Rangoon Lunatic Asylum 1893-1897 - 1893-1897
Year: 1893
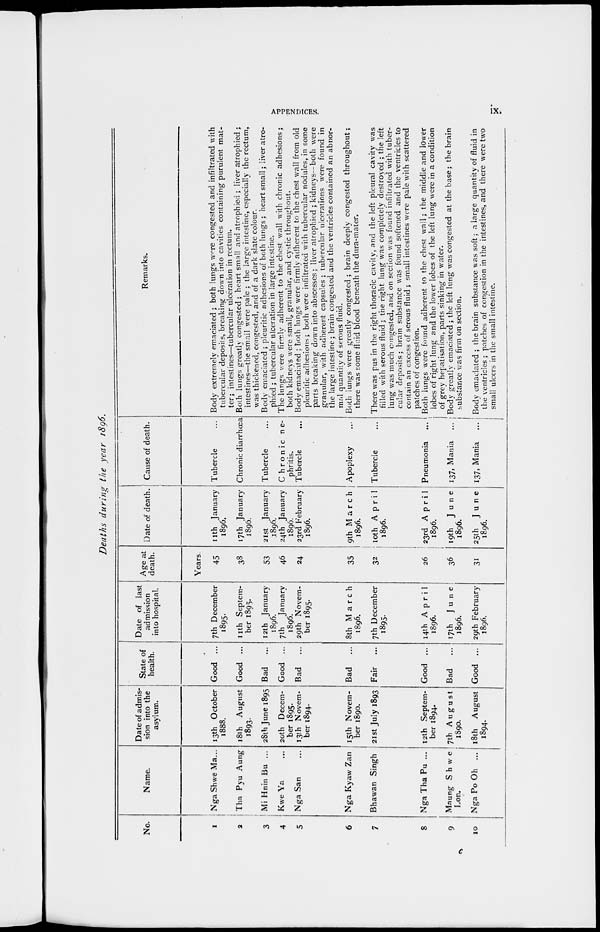
APPENDICES.
ix.
Deaths during the year 1896.
No.
1
2
3
4
5
6
7
8
9
10
Name.
Nga Shwe Ma...
Tha Pyu Aung
Mi Hnin Bu ...
Kwe Ya ...
Nga San ...
Nga Kyaw Zan
Bhawan Singh
Nga Tha Pu ...
Maung Shwe
Lon.
Nga Po Oh ...
Date of admis-
sion into the
asylum.
13th October
1888.
18th August
1893.
28th June 1895
20th Decem-
ber 1895.
13th Novem-
ber 1894.
15th Novem-
ber 1890.
21st July 1893
12th Septem-
ber 1894.
7th August
1890.
18th August
1894.
State of
health.
Good ...
Good ...
Bad
...
Good ...
Bad
...
Bad
...
Fair ...
Good ...
Bad
...
Good ...
Date of last
admission
into hospital.
7th December
1895.
11th Septem-
ber 1895.
12th January
1896.
7th
January
1896.
29th Novem¬
ber 1895.
8th March
1896.
7th December
1895.
14th April
1896.
17th
June
1896.
29th February
1896.
Age at
death.
Years.
45
38
53
46
24
35
32
26
36
31
Date of death.
11th January
1896.
17th January
1896.
21st January
1896.
24th January
1896.
23rd February
1896.
9th March
1896.
10th April
1896.
23rd April
1896.
19th
June
1896.
25th
June
1896.
Cause of death.
Tubercle ...
Chronic diarrhœa
Tubercle ...
Chronic ne-
phritis.
Tubercle ...
Apoplexy ...
Tubercle ...
Pneumonia ...
137, Mania
...
137, Mania ...
Remarks.
Body extremely emaciated; both lungs were congested and infiltrated with
tubercular deposits, breaking down into cavities containing purulent mat-
ter; intestines—tubercular ulceration in rectum.
Both lungs greatly congested ; heart small and atrophied ; liver atrophied ;
intestines—the small were pale ; the large intestine, especially the rectum,
was thickened, congested, and of a dark slate colour.
Body emaciated; pleuritic adhesions of both lungs; heart small; liver atro-
phied ; tubercular ulceration in large intestine.
The lungs were firmly adherent to the chest wall with chronic adhesions;
both kidneys were small., granular, and cystic throughout.
Body emaciated ; both lungs were firmly adherent to the chest wall from old
pleuritic adhesions; both were infiltrated with tubercular nodules, in some
parts breaking down into abscesses; liver atrophied ; kidneys—both were
granular, with adherent capsules ; tubercular ulcerations were found in
the large intestine; brain congested and the ventricles contained an abnor-
mal quantity of serous fluid.
Both lungs were greatly congested ; brain deeply congested throughout;
there was some fluid blood beneath the dura-mater.
There was pus in the right thoracic cavity, and the left pleural cavity was
filled with serous fluid; the right lung was completely destroyed ; the left
lung was much congested, and on section was found infiltrated with tuber-
cular deposits; brain substance was found softened and the ventricles to
contain an excess of serous fluid ; small intestines were pale with scattered
patches of congestion.
Both lungs were found adherent to the chest wall; the middle and lower
lobes of right lung and the lower lobes of the left lung were in a condition
of grey hepatisation, parts sinking in water.
Body greatly emaciated ; the left lung was congested at the base; the brain
substance was firm on section.
Body emaciated ; the brain substance was soft; a Urge quantity of fluid in
the ventricles; patches of congestion in the intestines, and there were two
small ulcers in the small intestine.
c